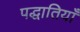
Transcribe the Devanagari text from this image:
पद्धातियाँ